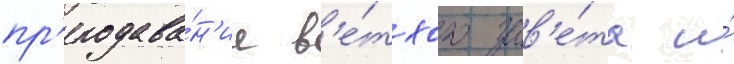
пр'еподава́н'ие в'е́тхого зав'е́та и́